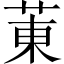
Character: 菄